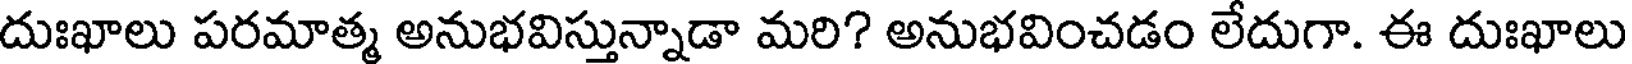
దుఃఖాలు పరమాత్మ అనుభవిస్తున్నాడా మరి? అనుభవించడం లేదుగా. ఈ దుఃఖాలు